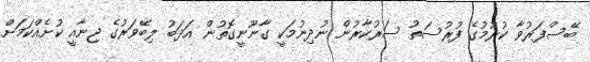
ބޭސްފަރުވާ ކުރުމުގެ ފުރުސަތު ސަރުކާރުން ނުދިނުމަކީ ގާނޫނީގޮތުން އަދަބު ލިބޭވަރުގެ ޖިނާއީ ކުށެއްކަމަށް